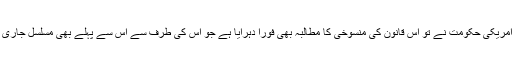
اور امریکی حکومت نے تو اس قانون کی منسوخی کا مطالبہ بھی فورًا دہرایا ہے جو اس کی طرف سے اس سے پہلے بھی مسلسل جاری ہے۔